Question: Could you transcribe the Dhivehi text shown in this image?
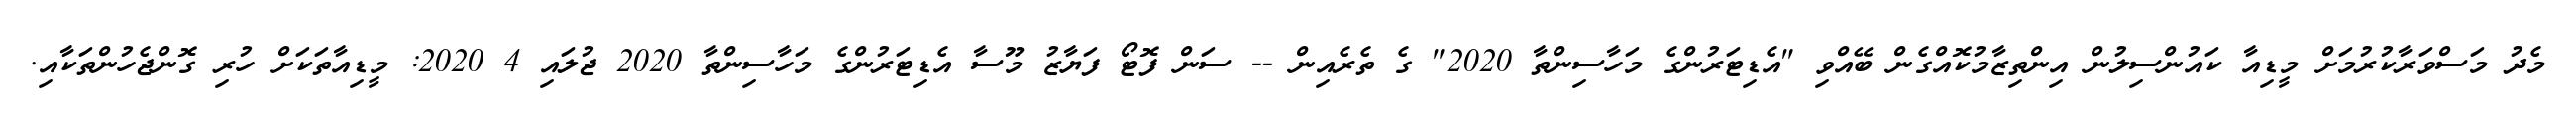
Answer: މެދު މަސްވަރާކުރުމަށް މީޑިއާ ކައުންސިލުން އިންތިޒާމުކޮއްގެން ބޭއްވި "އެޑިޓަރުންގެ މަހާސިންތާ 2020" ގެ ތެރެއިން -- ސަން ފޮޓޯ ފަޔާޒު މޫސާ އެޑިޓަރުންގެ މަހާސިންތާ 2020 ޖުލައި 4 2020: މީޑިއާތަކަށް ހުރި ގޮންޖެހުންތަކާއި.